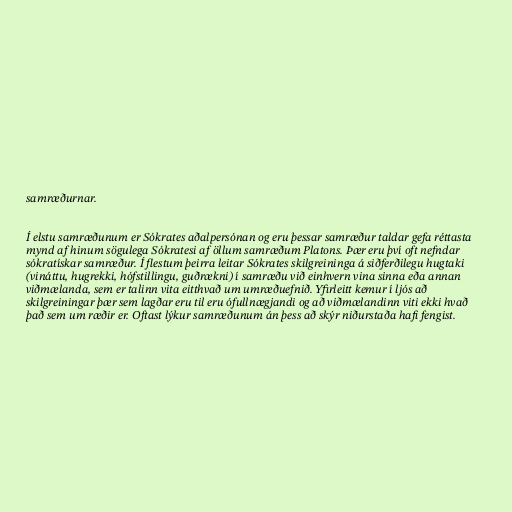
samræðurnar.

Í elstu samræðunum er Sókrates aðalpersónan og eru þessar samræður taldar gefa réttasta
mynd af hinum sögulega Sókratesi af öllum samræðum Platons. Þær eru því oft nefndar
sókratískar samræður. Í flestum þeirra leitar Sókrates skilgreininga á siðferðilegu hugtaki
(vináttu, hugrekki, hófstillingu, guðrækni) í samræðu við einhvern vina sinna eða annan
viðmælanda, sem er talinn vita eitthvað um umræðuefnið. Yfirleitt kemur í ljós að
skilgreiningar þær sem lagðar eru til eru ófullnægjandi og að viðmælandinn viti ekki hvað
það sem um ræðir er. Oftast lýkur samræðunum án þess að skýr niðurstaða hafi fengist.